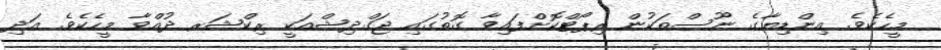
މީހެކެވެ. އިންޑިޔާގެ ނޫސްތަކުން ރިޕޯޓްކޮށްފައިވާ ގޮތުގައި ޖަގްދިޝްއަކީ ރިކްޝަރ ދުއްވާ މީހެކެވެ. އަދި